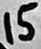
Text: 15